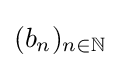
(b_{n})_{n\in \mathbb {N} }